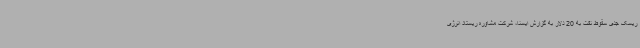
ریسک جدی سقوط نفت به 20 دلار به گزارش ایسنا، شرکت مشاوره ریستاد انرژی